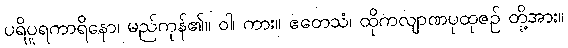
ပရိပူရကာရိနော၊ မည်ကုန်၏။ ဝါ၊ ကား။ ဧတေသံ၊ ထိုကလျာဏပုထုဇဉ် တို့အား။